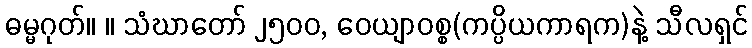
ဓမ္မဂုတ်။ ။ သံဃာတော် ၂၅၀၀, ဝေယျာဝစ္စ(ကပ္ပိယကာရက)နဲ့ သီလရှင်